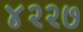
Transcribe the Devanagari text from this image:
४२२७